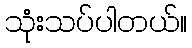
သုံးသပ်ပါတယ်။